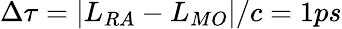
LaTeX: \Delta\tau=|L_{RA}-L_{MO}|/c=1ps